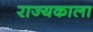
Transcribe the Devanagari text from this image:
राज्यकाला